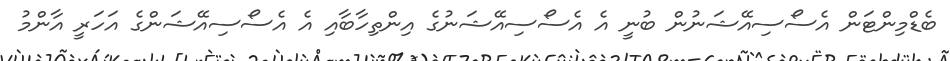
ބެޑްމިންޓަން އެސޯސިއޭޝަނުން ބުނީ އެ އެސޯސިއޭޝަނުގެ އިންތިހާބާއި އެ އެސޯސިއޭޝަންގެ އަހަރީ އާންމު